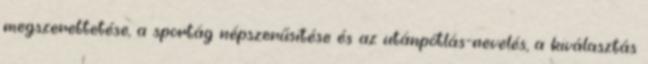
megszerettetése, a sportág népszerűsítése és az utánpótlás-nevelés, a kiválasztás